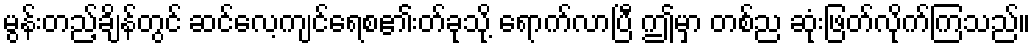
မွန်းတည့်ချိန်တွင် ဆင်လေ့ကျင်ရေစ၏်းတ်ခုသို့ ရောက်လာပြီ ဤမှာ တစ်ည ဆုံးဖြတ်လိုက်ကြသည်။